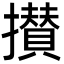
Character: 攅